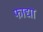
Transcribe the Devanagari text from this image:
फाद्या